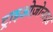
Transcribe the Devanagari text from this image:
ट्राइओज़ोनाइड